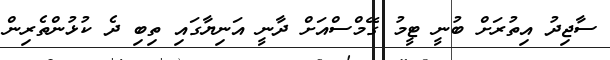
ސާޖިދު އިތުރަށް ބުނީ ޓީމު ގޭމްސްއަށް ދާނީ އަނިޔާގައި ތިބި ދެ ކުޅުންތެރިން